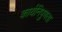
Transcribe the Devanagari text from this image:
कार्यनिपुणता